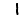
Digit: 1